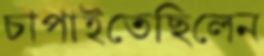
চাপাইতেছিলেন